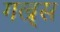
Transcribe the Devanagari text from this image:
गल्र्स